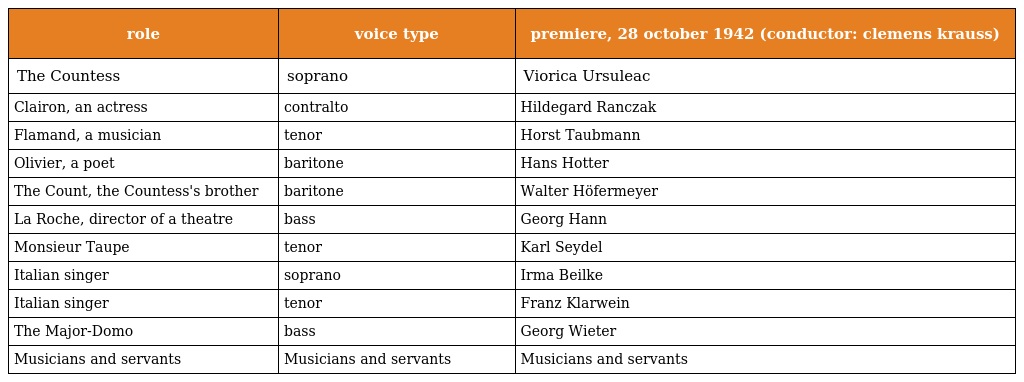
| role | voice type | premiere, 28 october 1942 (conductor: clemens krauss) |
 | --- | --- | --- |
 | The Countess | soprano | Viorica Ursuleac |
 | Clairon, an actress | contralto | Hildegard Ranczak |
 | Flamand, a musician | tenor | Horst Taubmann |
 | Olivier, a poet | baritone | Hans Hotter |
 | The Count, the Countess's brother | baritone | Walter Höfermeyer |
 | La Roche, director of a theatre | bass | Georg Hann |
 | Monsieur Taupe | tenor | Karl Seydel |
 | Italian singer | soprano | Irma Beilke |
 | Italian singer | tenor | Franz Klarwein |
 | The Major-Domo | bass | Georg Wieter |
 | Musicians and servants | Musicians and servants | Musicians and servants |